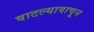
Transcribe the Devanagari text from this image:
वाटल्यावाचून